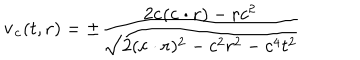
{ \bf { v _ { c } } } ( t , { \bf { r } } ) = \pm \frac { 2 { \bf c } ( { \bf { c \cdot r } } ) - { \bf { r } } c ^ { 2 } } { \sqrt { 2 ( { \bf { c \cdot r } } ) ^ { 2 } - c ^ { 2 } r ^ { 2 } - c ^ { 4 } t ^ { 2 } } }